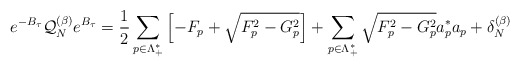
\begin{align*} e^{-B_\tau} \mathcal{Q}_N^{(\beta)}e^{B_\tau}=\frac{1}{2}\sum_{p\in\Lambda^*_+}\left[ -F_p+\sqrt{F_p^2-G_p^2} \right]+ \sum_{p \in \Lambda_+^*}\sqrt{F_p^2-G_p^2}a^*_p a_p+\delta_{N}^{(\beta)}\end{align*}